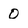
Character: 0